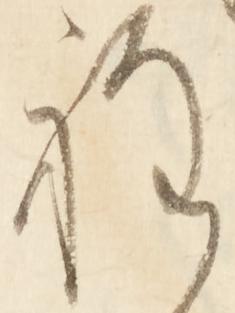
程